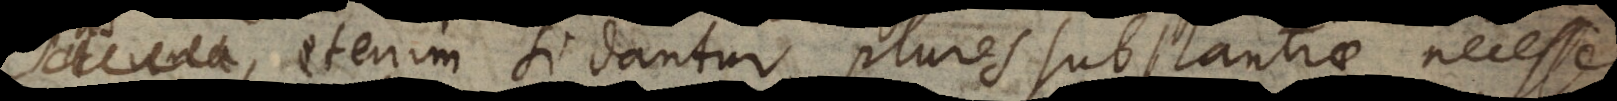
unitas, etenim si dantur plures substantiae, necesse